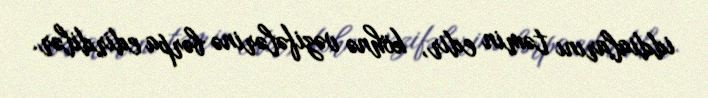
iddialarını təmin edir, köhnə vəzifələrinə bərpa edirdilər.